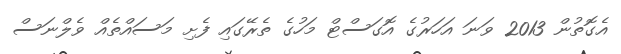
އެގޮތުން 2013 ވަނަ އަހަރުގެ އޮގަސްޓް މަހުގެ ތެރޭގައި ފެށި މަސައްތެއް ވެލްނަސް